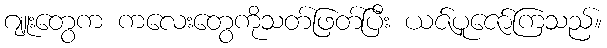
ဂျူးတွေက ကလေးတွေကိုသတ်ဖြတ်ပြီး ယဇ်ပူဇော်ကြသည်။